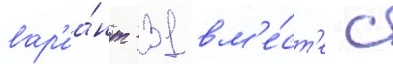
вар'иа́нт -31 вм'е́ст'е с